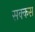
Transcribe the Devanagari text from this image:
सक्कस